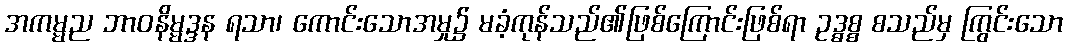
အကမ္မည ဘာဝနိမ္မဒ္ဒန ရသာ၊ ကောင်းသောအမှု၌ မခံ့ကုန်သည်၏ဖြစ်ကြောင်းဖြစ်ရာ ဥဒ္ဓစ္စ စသည်မှ ကြွင်းသော